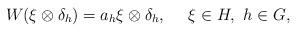
LaTeX: \begin{align*}W(\xi\otimes \delta_h)=a_h\xi\otimes \delta_h,\ \ \ \ \xi\in H, \ h\in G,\end{align*}